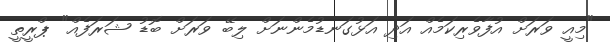
"މިއީ ވަރަށް އުފާވެރިކަމެއް އަދި އަޅުގަނޑުމެންނަށް ލިބޭ ވަރަށް ބޮޑު ޝަރަފެއް" ޕްރީތީ